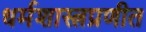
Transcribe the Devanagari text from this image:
धर्मशास्त्रप्रणीत